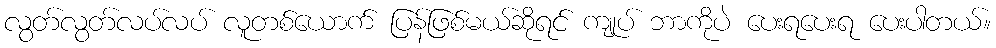
လွတ်လွတ်လပ်လပ် လူတစ်ယောက် ပြန်ဖြစ်မယ်ဆိုရင် ကျုပ် ဘာကိုပဲ ပေးရပေးရ ပေးပါတယ်။